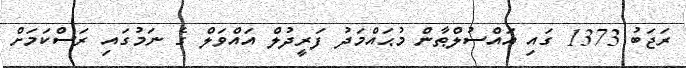
ރަޖަބު 1373 ގައި އައްސުލްޠާން މުޙައްމަދު ފަރީދުލް އައްވަލް ގެ ނަމުގައި ރަސްކަމަށް